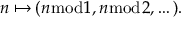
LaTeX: n \mapsto ( n { \bmod { 1 } } , n { \bmod { 2 } } , \dots ) .